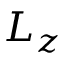
L _ { z }